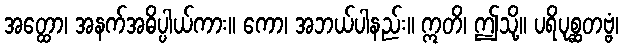
အတ္ထော၊ အနက်အဓိပ္ပါယ်ကား။ ကော၊ အဘယ်ပါနည်း။ ဣတိ၊ ဤသို့။ ပရိပုစ္ဆတဗ္ဗံ၊